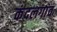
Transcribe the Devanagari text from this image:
कंदलगांव